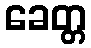
ခေတ္တ